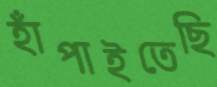
হাঁপাইতেছি